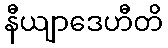
နီယျာဒေဟီတိ